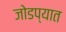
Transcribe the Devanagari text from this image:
जोडप्यात